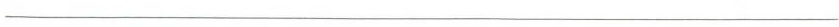
___